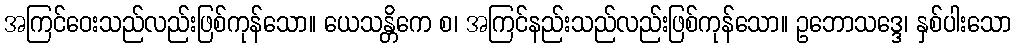
အကြင်ဝေးသည်လည်းဖြစ်ကုန်သော။ ယေသန္တိကေ စ၊ အကြင်နည်းသည်လည်းဖြစ်ကုန်သော။ ဥဘောသဒ္ဒေ၊ နှစ်ပါးသော